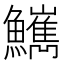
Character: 𩽌